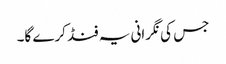
جس کی نگرانی یہ فنڈ کرے گا۔